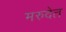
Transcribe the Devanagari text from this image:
मरुदेत